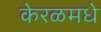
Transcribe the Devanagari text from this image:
केरळमधे